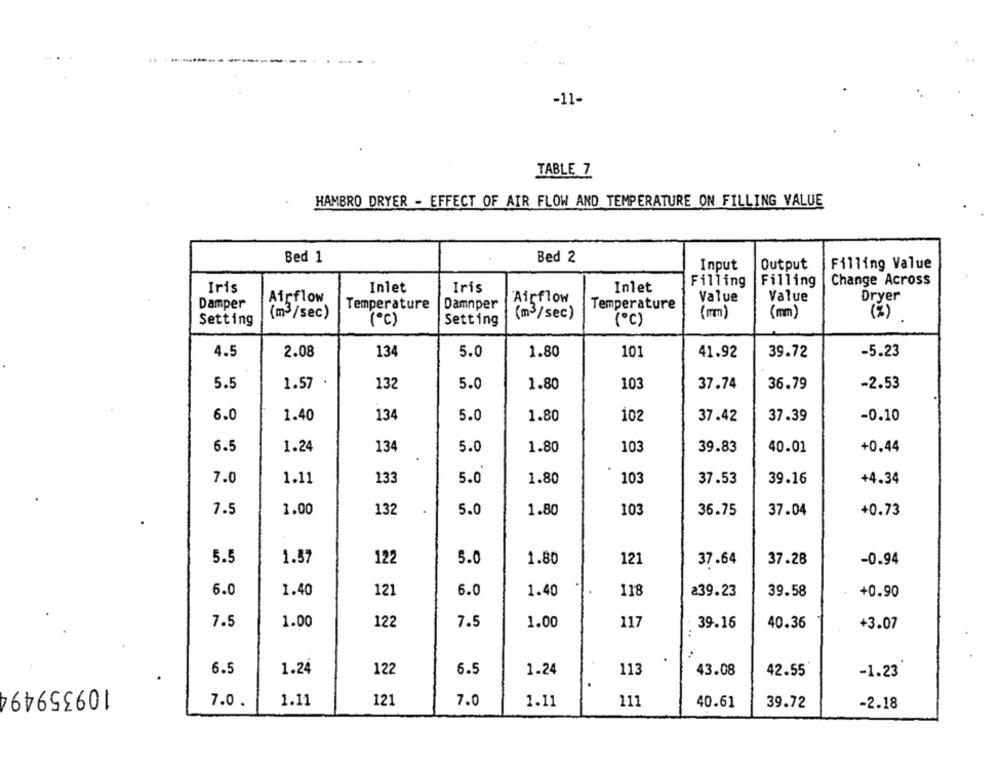
-11-
TABLE 7
HAMBRO DRYER - EFFECT OF AIR FLOW AND TEMPERATURE ON FILLING VALUE
Bed 1
Bed 2
Input
Output
Filling Value
Filling
Filling
Change Across
Iris
Inlet
Iris
Inlet
Airflow
Airflow
Value
Value
Dryer
Damper
Temperature
Damnper
Temperature
(m3/sec)
(mm)
Setting
( 0 ℃ )
Setting
(m3/sec)
(℃)
(%)
4.5
2.08
134
5.0
1.80
10
41.92
39.72
-5.23
1.57 .
5.5
132
5.0
1.80
103
37.74
36.79
-2.53
6.0
1.40
134
5.0
1.80
102
37.42
37.39
-0.10
6.5
1.24
134
5.0
1.80
103
39.83
40.01
+0.44
7.0
1.11
133
5.0
1.80
103
37.53
39.16
+4.34
7.5
1.00
132
5.0
1.80
103
36.75
37.04
+0.73
5.5
1.57
122
5.0
121
1.80
37.64
37.28
-0.94
6.0
1.40
121
6.0
1.40
118
239.23
39.58
+0.90
7.5
1.00
122
7.5
1.00
117
39.16
40.36
+3.07
6.5
1.24
122
6.5
1.24
113
43.08
42.55
-1.23
109359494
7.0.
1.11
121
7.0
1.11
111
40.61
39.72
-2.18